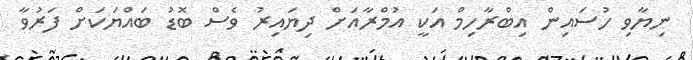
ނިޔާވި ހުސައިން އިބްރާހިމް އަކީ އުމްރާއަށް ދިޔައިރު ވެސް ބޮޑު ބައްޔަކަށް ފަރުވާ